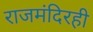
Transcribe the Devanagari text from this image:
राजमंदिरही